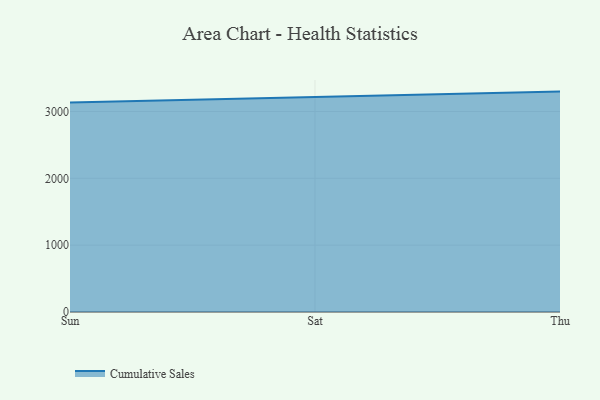
{"axis": {"x": "Day", "y": "Energy Usage (MWh)"}, "legend": ["Cumulative Sales"], "data": [{"x": "Sun", "y": 3134.2, "type": "Cumulative Sales"}, {"x": "Sat", "y": 3215.9, "type": "Cumulative Sales"}, {"x": "Thu", "y": 3298.1, "type": "Cumulative Sales"}]}